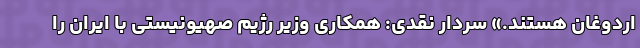
اردوغان هستند.» سردار نقدی: همکاری وزیر رژیم صهیونیستی با ایران را